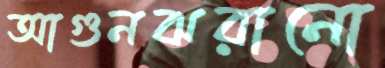
আগুনঝরানো